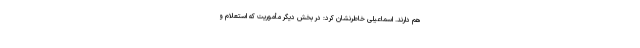
هم دارند. اسماعیلی خاطرنشان کرد: در بخش دیگر مأموریت که استعلام و